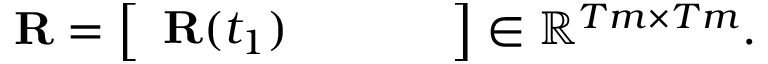
\mathbf { R } = \left[ \begin{array} { l l l l } { \mathbf { R } ( t _ { 1 } ) } & { } & { } & { } \end{array} \right] \in \mathbb { R } ^ { T m \times T m } .